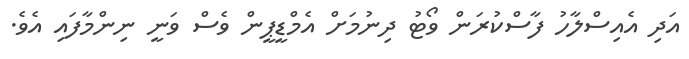
އަދި އެއިސްލާހު ފާސްކުރަން ވޯޓު ދިނުމަށް އެމްޑީޕީން ވެސް ވަނީ ނިންމާފައި އެވެ.